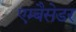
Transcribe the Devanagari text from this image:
एम्बैसेडर